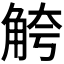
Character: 𫌮